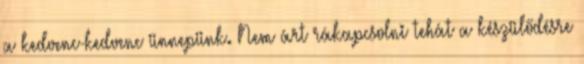
a kedvenc-kedvenc ünnepünk. Nem árt rákapcsolni tehát a készülődésre